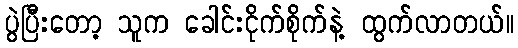
ပွဲပြီးတော့ သူက ခေါင်းငိုက်စိုက်နဲ့ ထွက်လာတယ်။